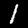
Label: 1